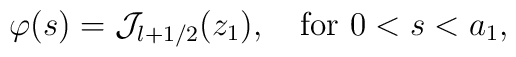
\varphi(s)={\cal J}_{l+1/2}(z_1), \quad {\rm for}\ 0<s<a_1,